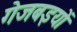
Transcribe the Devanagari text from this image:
गेजबइयों